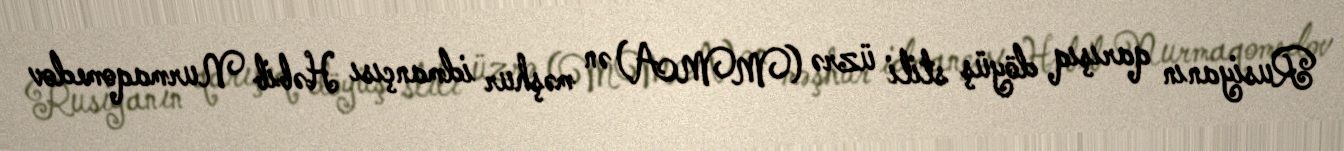
Rusiyanın qarışıq döyüş stili üzrə (MMA) ən məşhur idmançısı Həbib Nurmaqomedov